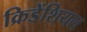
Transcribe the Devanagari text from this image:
क्रिडेंशियल